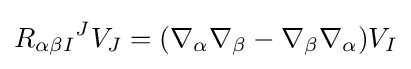
{R_{\alpha \beta I}}^{J}V_{J}=(\nabla _{\alpha }\nabla _{\beta }-\nabla _{\beta }\nabla _{\alpha })V_{I}